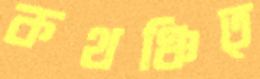
কথঞ্চিত্